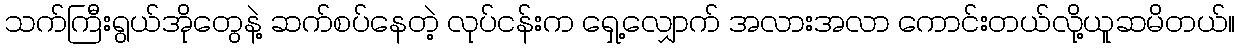
သက်ကြီးရွယ်အိုတွေနဲ့ ဆက်စပ်နေတဲ့ လုပ်ငန်းက ရှေ့လျှောက် အလားအလာ ကောင်းတယ်လို့ယူဆမိတယ်။